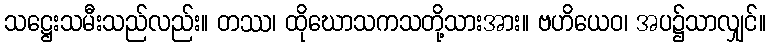
သဋ္ဌေးသမီးသည်လည်း။ တဿ၊ ထိုဃောသကသတို့သားအား။ ဗဟိယေဝ၊ အပ၌သာလျှင်။